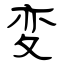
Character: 変